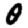
Digit: 0